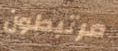
مرتبطون